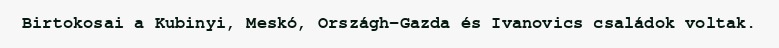
Birtokosai a Kubinyi, Meskó, Országh-Gazda és Ivanovics családok voltak.